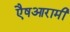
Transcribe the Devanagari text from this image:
एैषआरामी